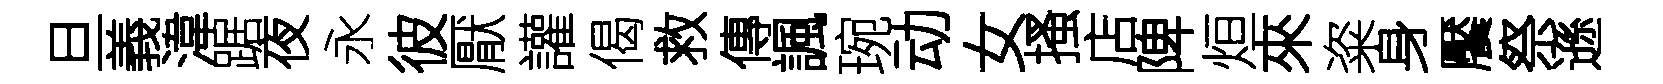
旦義湋踞夜永彼厭讙偈救傳諷琬动女搔店陴烜來粢身饜祭遜